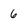
Character: 6